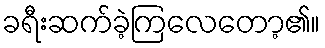
ခရီးဆက်ခဲ့ကြလေတော့၏။